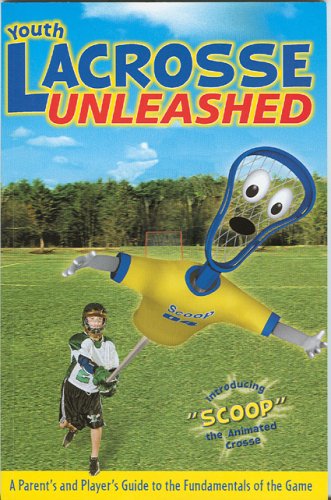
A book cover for Youth Lacrosse Unleashed: A Parent's and Player's Guide to the Fundamentals of the Game; Drummond Publishing Group Editors; Sports & Outdoors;